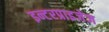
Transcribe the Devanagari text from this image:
इन्टरप्राइजेज